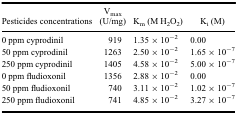
<table><thead><tr><td><b>Pesticides concentrations</b></td><td><b>V<sub>max</sub> (U/mg)</b></td><td><b>K<sub>m</sub> (M H<sub>2</sub>O<sub>2</sub>)</b></td><td><b>K<sub>i</sub> (M)</b></td></tr></thead><tbody><tr><td>0 ppm cyprodinil</td><td>919</td><td>1.35 × 10<sup>−2</sup></td><td>0.00</td></tr><tr><td>50 ppm cyprodinil</td><td>1263</td><td>2.50 × 10<sup>−2</sup></td><td>1.65 × 10<sup>−7</sup></td></tr><tr><td>250 ppm cyprodinil</td><td>1405</td><td>4.58 × 10<sup>−2</sup></td><td>5.00 × 10<sup>−7</sup></td></tr><tr><td>0 ppm fludioxonil</td><td>1356</td><td>2.88 × 10<sup>−2</sup></td><td>0.00</td></tr><tr><td>50 ppm fludioxonil</td><td>740</td><td>3.11 × 10<sup>−2</sup></td><td>1.02 × 10<sup>−7</sup></td></tr><tr><td>250 ppm fludioxonil</td><td>741</td><td>4.85 × 10<sup>−2</sup></td><td>3.27 × 10<sup>−7</sup></td></tr></tbody></table>